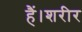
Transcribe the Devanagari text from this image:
हैं।शरीर